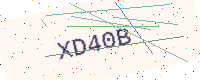
Text: XD40B